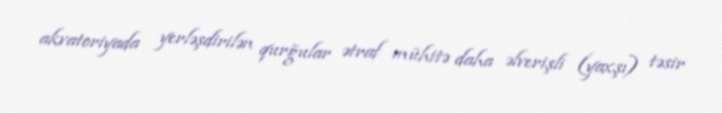
akvatoriyada yerləşdirilən qurğular ətraf mühitə daha əlverişli (yaxşı) təsir